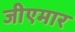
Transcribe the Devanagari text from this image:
जीएमार